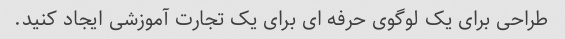
طراحی برای یک لوگوی حرفه ای برای یک تجارت آموزشی ایجاد کنید.